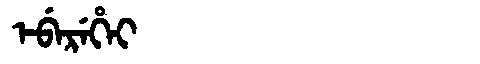
Manchu: ᡝᠪᡝᡵᡝᡥᡝᡳ
Romanization: EBEREHEI